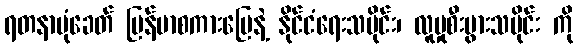
ရတနာပုံခေတ် မြန်မာစကားပြေနဲ့ နိုင်ငံရေးသမိုင်း၊ လူမှုစီးပွားသမိုင်း ကို